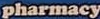
pharmacy